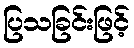
ပြသခြင်းဖြင့်